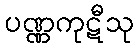
ပဏ္ဏကုဋီသု